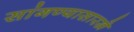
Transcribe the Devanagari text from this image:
सांगण्यासारखे